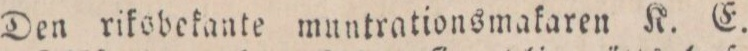
Den riksbekante muntrationsmakaren K. E.